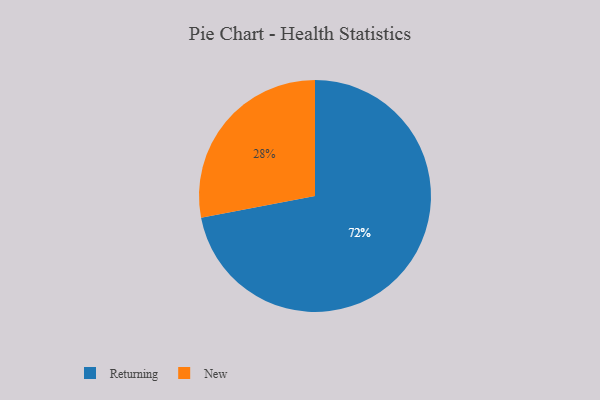
{"axis": {"x": "Category", "y": "Percentage"}, "legend": ["New", "Returning"], "data": [{"x": "New", "y": 28, "type": "New"}, {"x": "Returning", "y": 72, "type": "Returning"}]}